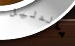
بالدليل